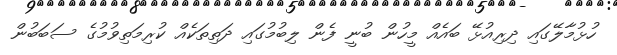
ހުޅުމާލޭގައި ދިރިއުޅޭ ބައެއް މީހުން ބުނީ ފެން ލިބުމުގައި ދަތިތަކެއް ކުރިމަތިވުމުގެ ސަބަބުން